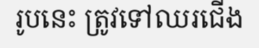
រូបនេះ ត្រូវទៅឈរជើង